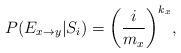
LaTeX: \begin{align*} P(E_{x \rightarrow y}| S_{i})={ \left( \frac{i}{m_x} \right)} ^ {k_x}, \end{align*}